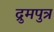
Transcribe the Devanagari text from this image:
द्रुमपुत्र